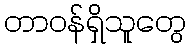
တာဝန်ရှိသူတွေ